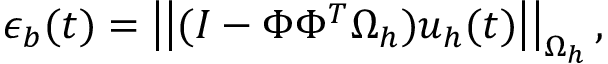
\epsilon _ { b } ( t ) = \left| \left| ( I - \Phi \Phi ^ { T } \Omega _ { h } ) \boldsymbol { u } _ { h } ( t ) \right| \right| _ { \Omega _ { h } } ,